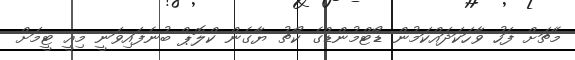
މެޗަށް ފަހު ވާހަކަދައްކަމުން ޑޯޓްމުންޑްގެ ކޯޗު ޔާގެން ކްލޮޕް ބުނެފައިވަނީ މިއީ ޓީމަށް